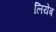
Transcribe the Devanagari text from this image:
लियेब